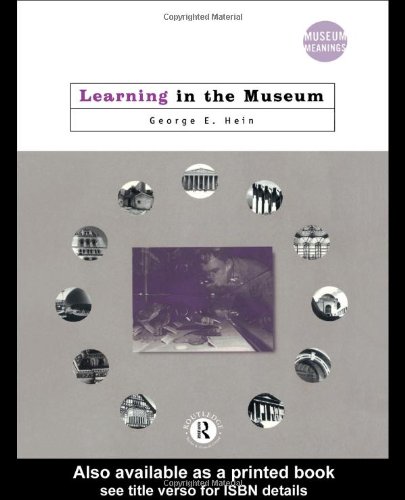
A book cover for Learning in the Museum (Museum Meanings); George E. Hein; Business & Money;